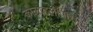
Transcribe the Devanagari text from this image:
कोलाहलापासून